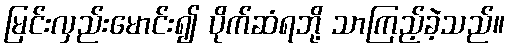
မြင်းလှည်းမောင်း၍ ပိုက်ဆံရဘို့ သာကြည့်ခဲ့သည်။